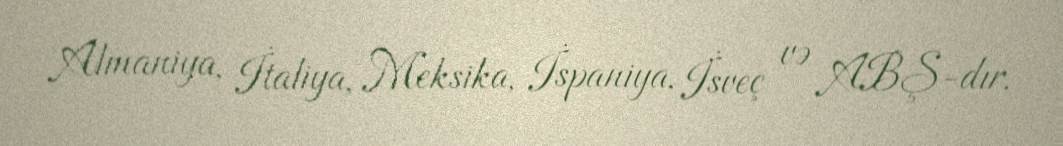
Almaniya, İtaliya, Meksika, İspaniya, İsveç və ABŞ-dır.